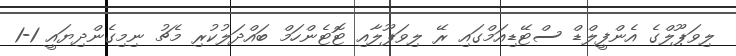
ލިވަޕޫލްގެ އެންފީލްޑް ސްޓޭޑިއަމްގައި ރޭ ލިވަޕޫލާއި ޓޮޓެންހަމް ބައްދަލުކުރި މެޗު ނިމިގެންދިޔައީ 1-1